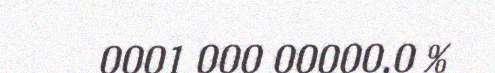
0001 000 00000,0 %